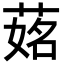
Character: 𦵎